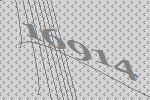
16914